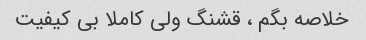
خلاصه بگم ، قشنگ ولی کاملا بی کیفیت